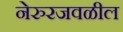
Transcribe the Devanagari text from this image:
नेरुरजवळील